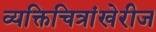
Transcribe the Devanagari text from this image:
व्यक्तिचित्रांखेरीज